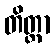
တိတ္တာ